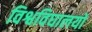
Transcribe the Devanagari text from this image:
विश्वविघालयों